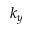
k _ { y }